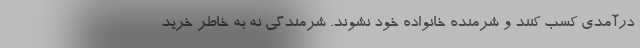
درآمدی کسب کنند و شرمنده خانواده خود نشوند. شرمندگی نه به خاطر خرید